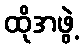
ထိုအဖွဲ့